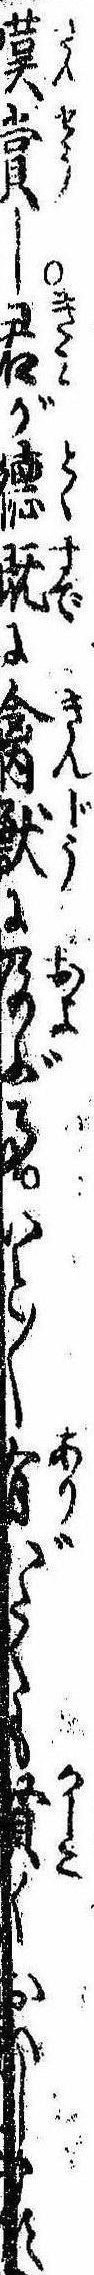
嘆賞し君が徳既に禽獣に及ぶ事いと〱有がたくも賢くおはします